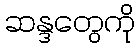
ဆန္ဒတွေကို